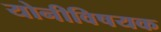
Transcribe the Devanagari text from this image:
योनीविषयक